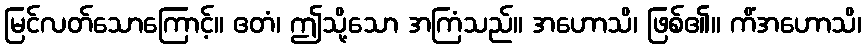
မြင်လတ်သောကြောင့်။ ဧတံ၊ ဤသို့သော အကြံသည်။ အဟောသိ၊ ဖြစ်၏။ ကိံအဟောသိ၊